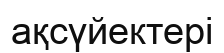
ақсүйектері